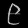
Digit: ၉